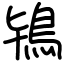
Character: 鴇